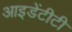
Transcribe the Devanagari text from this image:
आइडेंटीटी